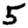
Digit: 5